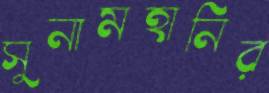
সুনামহানির